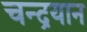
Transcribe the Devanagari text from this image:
चन्‍द्रयान